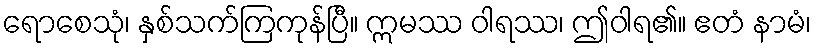
ရောစေသုံ၊ နှစ်သက်ကြကုန်ပြီ။ ဣမဿ ဝါရဿ၊ ဤဝါရ၏။ ဧတံ နာမံ၊